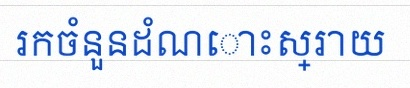
រកចំនួនដំណោះស្រាយ